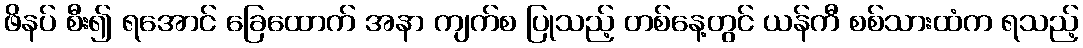
ဖိနပ် စီး၍ ရအောင် ခြေထောက် အနာ ကျက်စ ပြုသည့် တစ်နေ့တွင် ယန်ကီ စစ်သားထံက ရသည့်